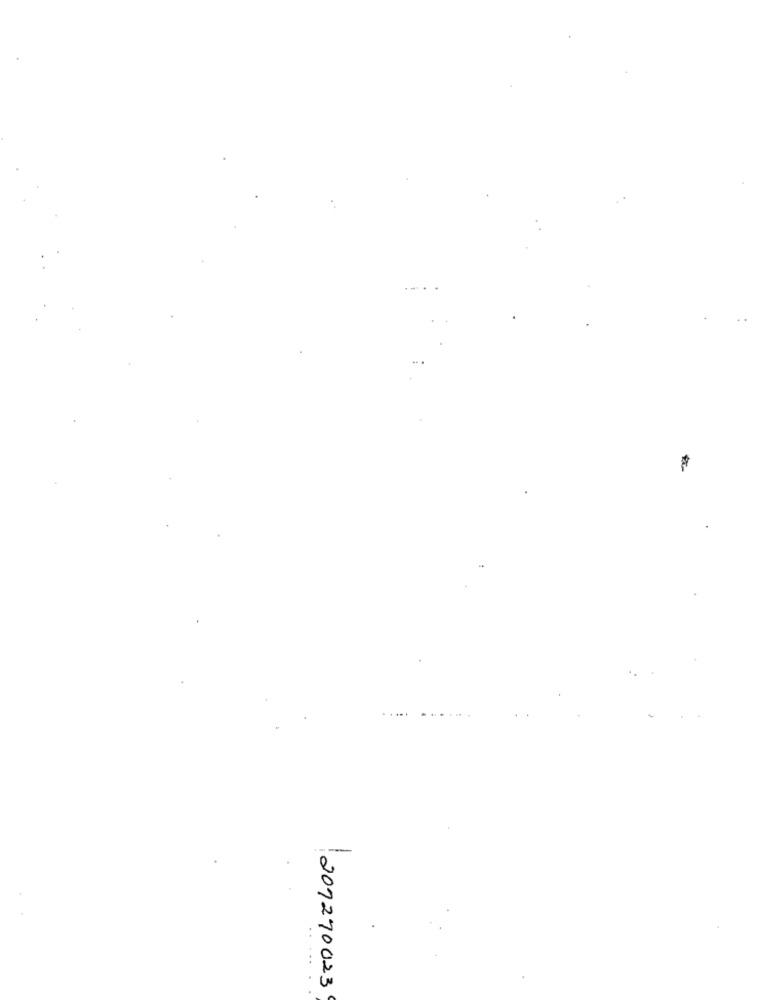
201270023